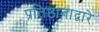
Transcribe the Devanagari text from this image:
प्रतिष्ठानाद्वारे